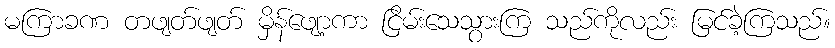
မကြာခဏ တဖျတ်ဖျတ် မှိန်ဖျော့ကာ ငြိမ်းသေသွားကြ သည်ကိုလည်း မြင်ခဲ့ကြသည်။